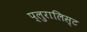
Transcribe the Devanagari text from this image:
प्लुरालिस्ट